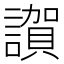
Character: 𧬂